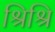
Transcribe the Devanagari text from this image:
श्रिश्रि